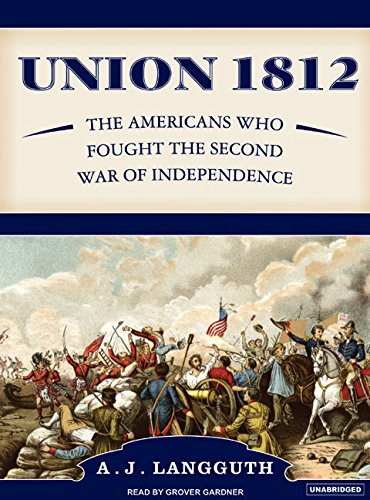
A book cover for Union 1812: The Americans Who Fought the Second War of Independence; A. J. Langguth; History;